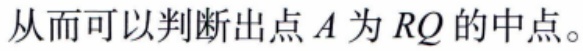
从而可以判断出点 \(A\) 为 \(RQ\) 的中点。